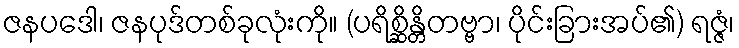
ဇနပဒေါ၊ ဇနပုဒ်တစ်ခုလုံးကို။ (ပရိစ္ဆိန္တိတဗ္ဗာ၊ ပိုင်းခြားအပ်၏) ရဇ္ဇံ၊